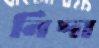
নিদা